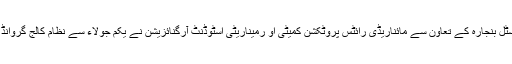
اقلیتی امیدواروں کے لئے ہوٹل کرسٹل بنجارہ کے تعاون سے مائناریڈی رائٹس پروٹکشن کمیٹی او رمیناریٹی اسٹوڈنٹ آرگنائزیشن نے یکم جولاء سے نظام کالج گروانڈ پر فری کوچنگ کا اہتمام کیا ہے ۔